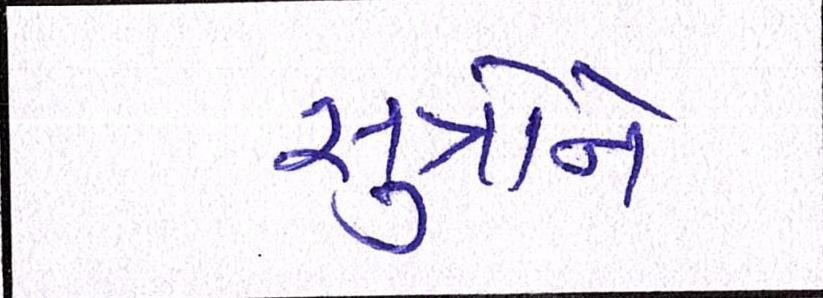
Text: સુત્રોને